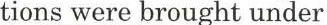
tions were brought under